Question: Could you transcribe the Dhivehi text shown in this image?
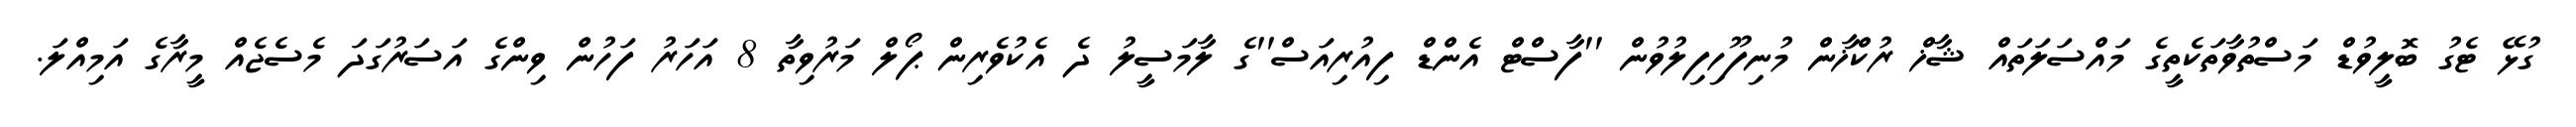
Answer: ގުޅޭ ޓެގު ބޮލީވުޑް މަސްތުވާތަކެތީގެ މައްސަލަތައް ޝާޚް ރުކްޚާން މުނިފޫހިފިލުވުން ''ފާސްޓް އެންޑް ފިއުރިއަސް''ގެ ލާމަސީލު ދެ އެކުވެރިން ޕޯލް މަރުވިތާ 8 އަހަރު ފަހުން ވިންގެ އަސަރުގަދަ މެސެޖެއް މީރާގެ އަމިއްލަ.